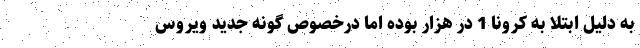
به دلیل ابتلا به کرونا 1 در هزار بوده اما درخصوص گونه جدید ویروس